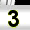
Digit: 3